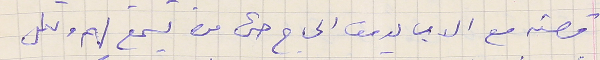
قصته مع الاب يوسف الحاج حتى من يسمع لهم ولكل